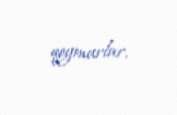
qoymurlar.